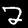
Label: 2